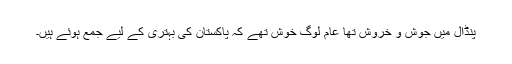
پنڈال میں جوش و خروش تھا عام لوگ خوش تھے کہ پاکستان کی بہتری کے لیے جمع ہوئے ہیں۔